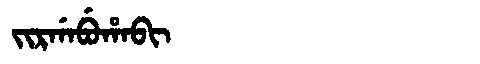
Manchu: ᠵᡳᡵᡤᠠᠪᡠᡥᠠᠪᡳ
Romanization: JIRGABUHABI